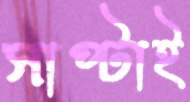
সাপ্‌টাই